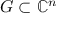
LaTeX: G \subset \mathbb { C } ^ { n }